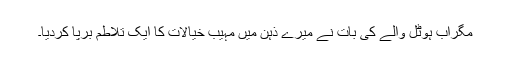
مگراب ہوٹل والے کی بات نے میرے ذہن میں مہیب خیالات کا ایک تلاطم برپا کردیا۔